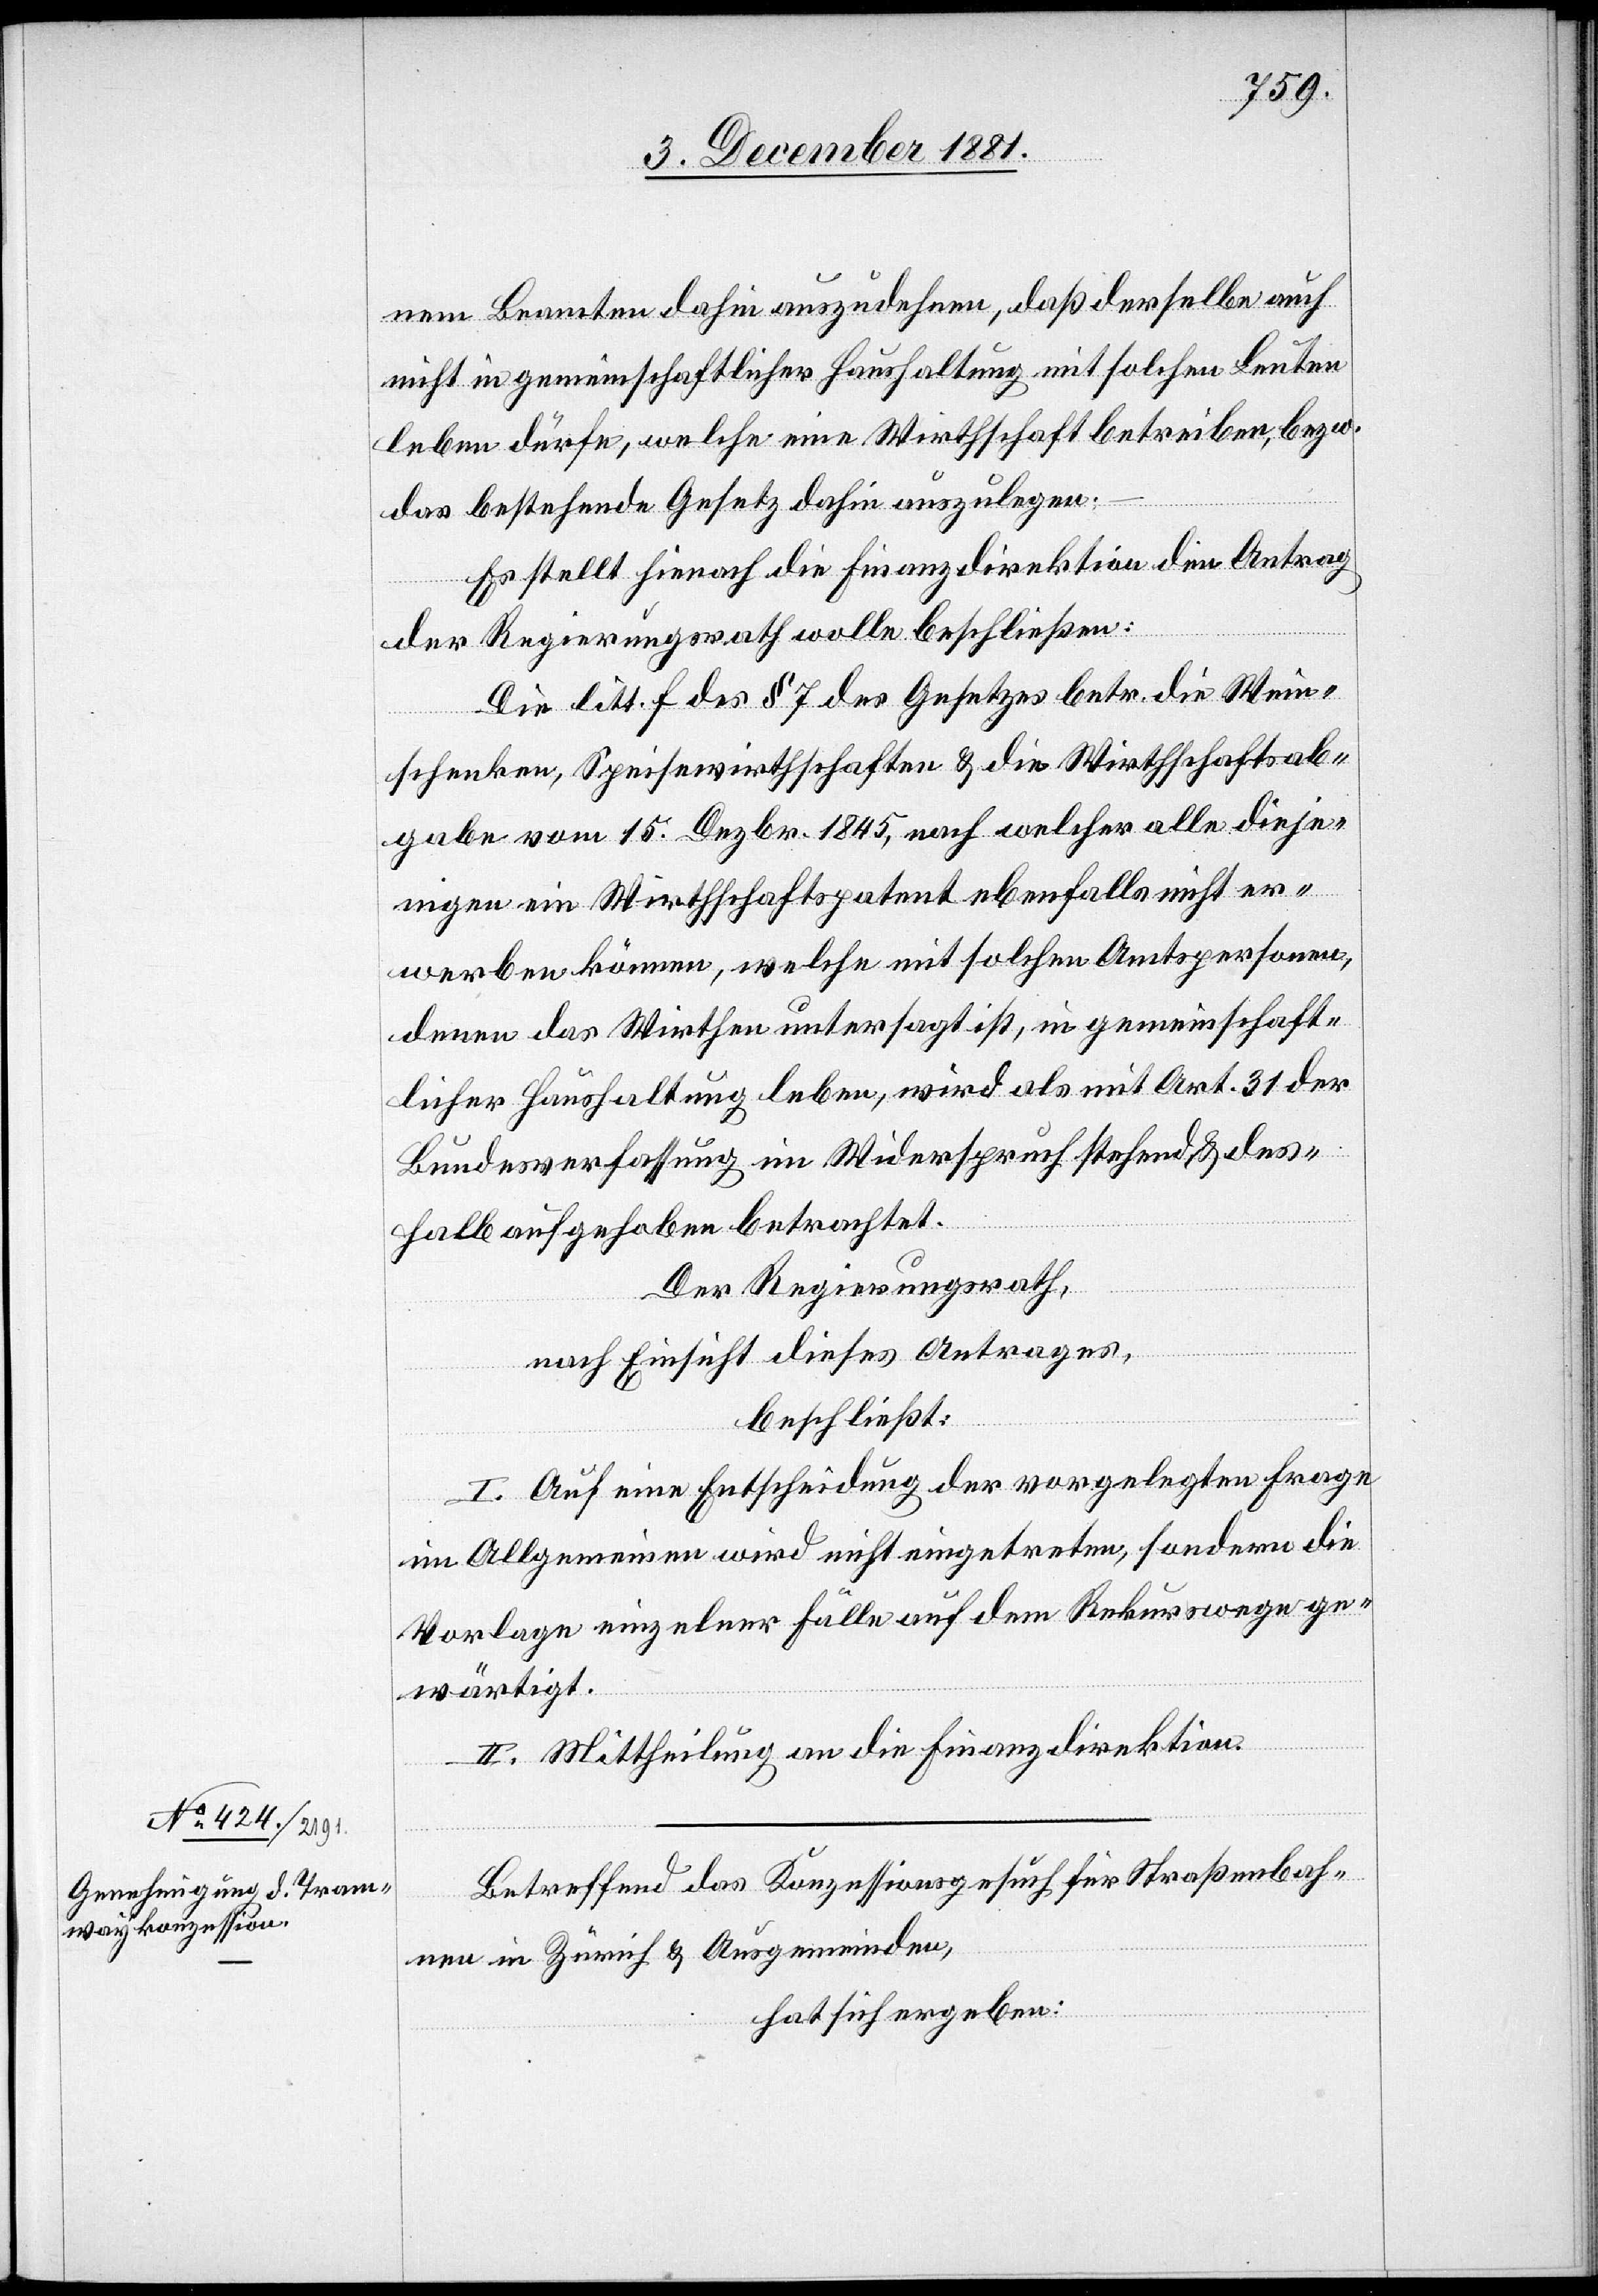
Betreffend das Konzessionsgesuch für Straßenbah¬
nen in Zürich & Ausgemeinden,
hat sich ergeben: